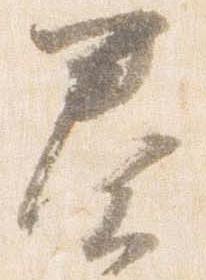
奏